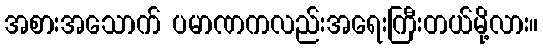
အစားအသောက် ပမာဏကလည်းအရေးကြီးတယ်မို့လား။